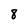
Character: 8